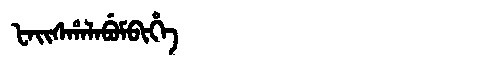
Manchu: ᡶᠠᡳᠰᡥᠠᠯᠠᠪᡠᠮᠪᡳᡥᡝ
Romanization: FAISHALABUMBIHE